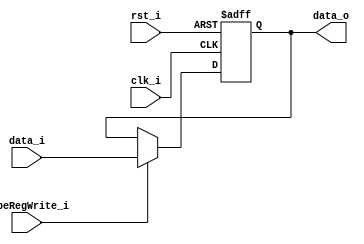
//Subject:     CO project 4 - Pipe Register
//--------------------------------------------------------------------------------
//Version:     1
//--------------------------------------------------------------------------------
//Writer:      
//----------------------------------------------
//Date:        
//----------------------------------------------
//Description: 
//--------------------------------------------------------------------------------
module Pipe_Reg(
            rst_i,
			clk_i,
			pipeRegWrite_i,
			data_i,
			data_o
);
					
parameter size = 0;
input                    rst_i;
input                    clk_i;		
input					 pipeRegWrite_i;
input      [size-1: 0] 	 data_i;
output reg [size-1: 0]   data_o;
	  
always @(posedge clk_i or negedge  rst_i) begin
	if ( rst_i == 0 )
		data_o <= 0;
    else if ( pipeRegWrite_i )
    	data_o <= data_i;
    //else
    //	$display("%b", data_o);
end

endmodule